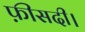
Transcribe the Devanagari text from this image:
फ़ीसदी।